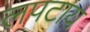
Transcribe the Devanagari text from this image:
लपटाय